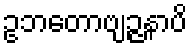
ဥဘတောဗျဉ္ဇနာပိ